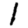
Digit: 1